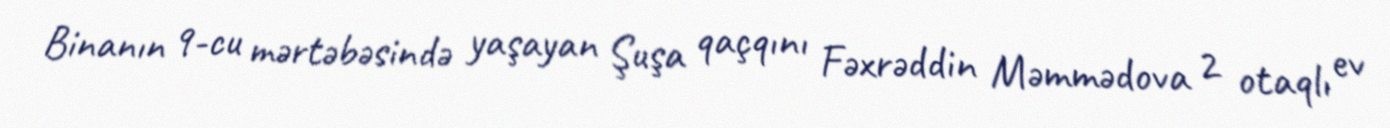
Binanın 9-cu mərtəbəsində yaşayan Şuşa qaçqını Fəxrəddin Məmmədova 2 otaqlı ev